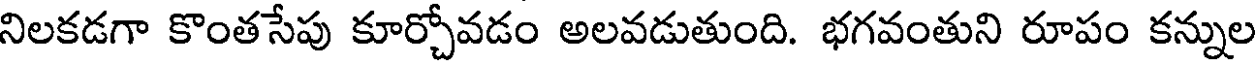
నిలకడగా కొంతసేపు కూర్చోవడం అలవడుతుంది. భగవంతుని రూపం కన్నుల